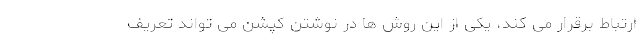
ارتباط برقرار می کند، یکی از این روش ها در نوشتن کپشن می تواند تعریف